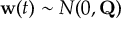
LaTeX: \mathbf { w } ( t ) \sim N ( 0 , \mathbf { Q } )